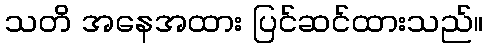
သတိ အနေအထား ပြင်ဆင်ထားသည်။